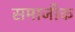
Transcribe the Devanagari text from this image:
समाजीक